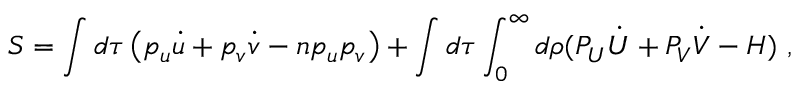
S = \int d \tau \left( p _ { u } \dot { u } + p _ { v } \dot { v } - n p _ { u } p _ { v } \right) + \int d \tau \int _ { 0 } ^ { \infty } d \rho ( P _ { U } \dot { U } + P _ { V } \dot { V } - H ) \ ,